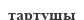
тартушы